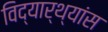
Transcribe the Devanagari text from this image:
विद्यार्थ्यांस